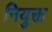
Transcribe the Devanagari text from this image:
नियुक्त